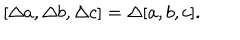
\lbrack \Delta a , \Delta b , \Delta c ] = \Delta [ a , b , c ] .